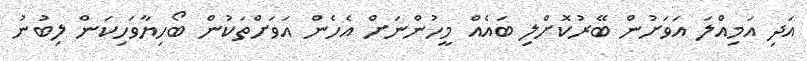
އަދި އަމިއްލަ އަވަށުން ބޭރުކޮށްލި ބައެއް މީހުންނަށް އެހެން އަވަށްތަކުން ބޯހިޔާވަހިކަން ލިބުނު